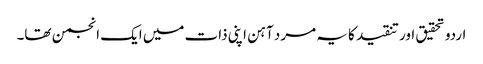
اردو تحقیق اور تنقید کا یہ مرد آہن اپنی ذات میں ایک انجمن تھا۔